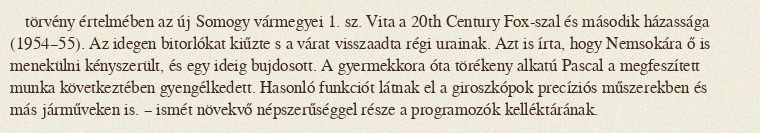
törvény értelmében az új Somogy vármegyei 1. sz. Vita a 20th Century Fox-szal és második házassága (1954–55). Az idegen bitorlókat kiűzte s a várat visszaadta régi urainak. Azt is írta, hogy Nemsokára ő is menekülni kényszerült, és egy ideig bujdosott. A gyermekkora óta törékeny alkatú Pascal a megfeszített munka következtében gyengélkedett. Hasonló funkciót látnak el a giroszkópok precíziós műszerekben és más járműveken is. – ismét növekvő népszerűséggel része a programozók kelléktárának.